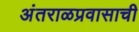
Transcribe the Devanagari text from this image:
अंतराळप्रवासाची